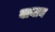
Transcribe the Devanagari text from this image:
वायान